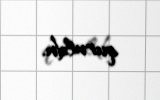
quruldu.